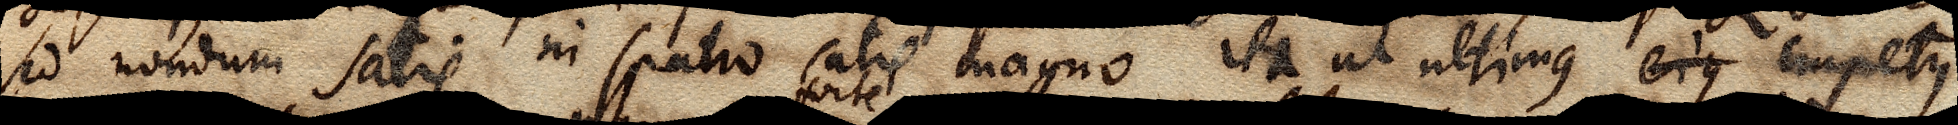
sed nondum satis in spatio satis magno ita ut ultimus ejus impetus